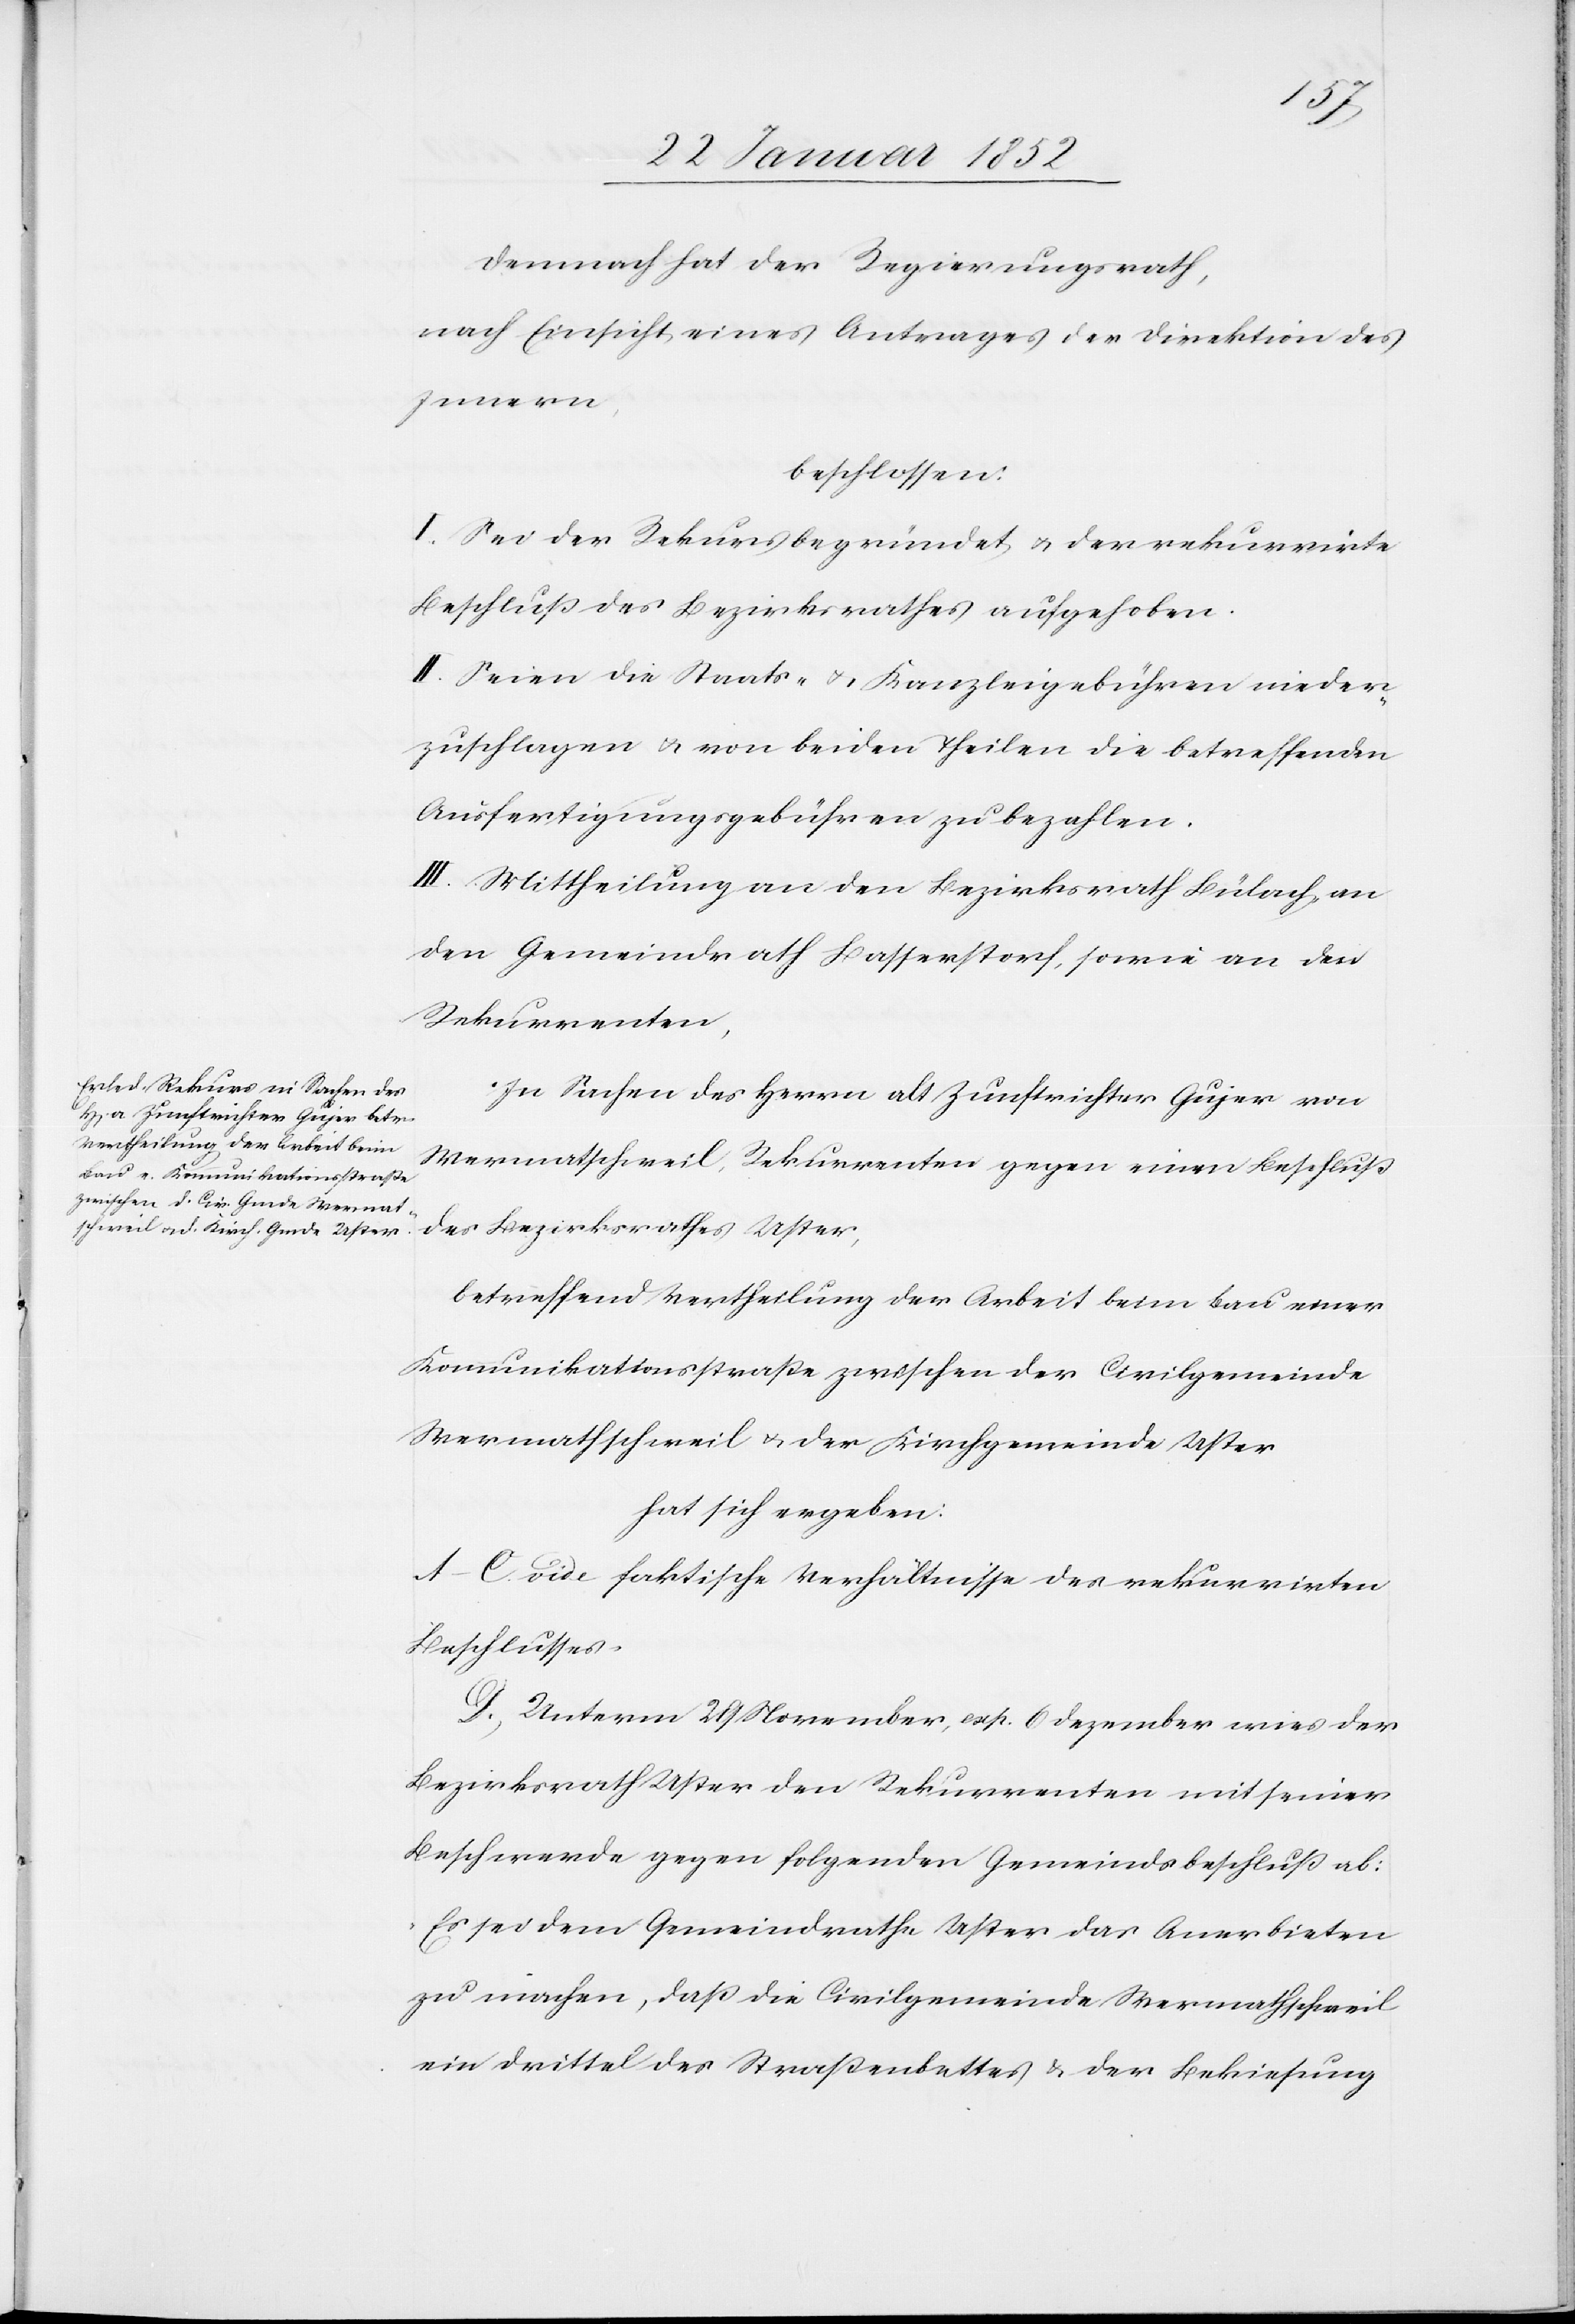
Demnach hat der Regierungsrath,
nach Einsicht eines Antrages der Direktion des
Innern,
beschlossen:
I. Sei der Rekurs begründet, u. der rekurrirte
Beschluß des Bezirksrathes aufgehoben.
II. Seien die Staats- u. Kanzleigebühren nieder¬
zuschlagen u. von beiden Theilen die betreffenden
Ausfertigungsgebühren zu bezahlen.
III. Mittheilung an den Bezirksrath Bülach, an
den Gemeindrath Basserstorf, sowie an den
Rekurrenten.
In Sachen des Herrn alt Zunftrichter Gujer von
Wermatschweil, Rekurrenten gegen einen Beschluß
des Bezirksrathes Uster,
betreffend Vertheilung der Arbeit beim Bau einer
Kommunikationsstraße zwischen der Civilgemeinde
Wermatschweil u. der Kirchgemeinde Uster
hat sich ergeben:
A–C vide faktische Verhältnisse des rekurrirten
Beschlusses.
D.) Unterm 29 November, rsp. 6 Dezember wies der
Bezirksrath Uster den Rekurrenten mit seiner
Beschwerde gegen folgenden Gemeindsbeschluß ab:
Es sei dem Gemeindrathe Uster das Anerbieten
zu machen, daß die Civilgemeinde Wermathschweil
ein Drittel des Straßenbettes u. der Bekiesung